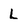
Character: L